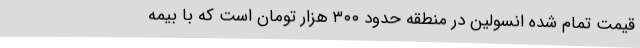
قیمت تمام شده انسولین در منطقه حدود ۳۰۰ هزار تومان است که با بیمه